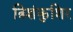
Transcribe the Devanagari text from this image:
त्रिशंकुशिर